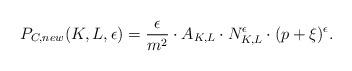
LaTeX: \begin{align*} P_{C,new}(K,L,\epsilon) = \frac{\epsilon}{m^2} \cdot A_{K,L} \cdot N_{K,L}^\epsilon \cdot (p + \xi)^\epsilon. \end{align*}